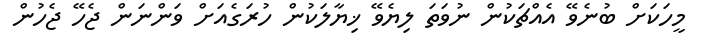
މީހަކަށް ބުނެވޭ އެއްޗަކުން ނުވަތަ ލިޔެވޭ ޚިޔާލަކުން ހުރަގެއަށް ވަންނަން ޖެހޭ ޖެހުން